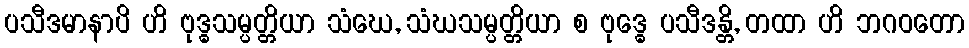
ပသီဒမာနာပိ ဟိ ဗုဒ္ဓသမ္ပတ္တိယာ သံဃေ, သံဃသမ္ပတ္တိယာ စ ဗုဒ္ဓေ ပသီဒန္တိ, တထာ ဟိ ဘဂဝတော